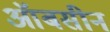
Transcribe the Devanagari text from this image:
ऑबसीन